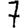
Digit: 7